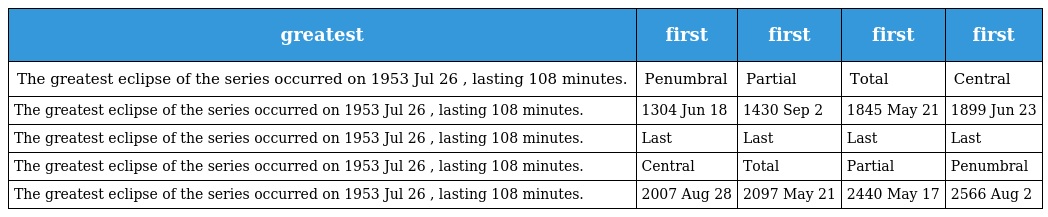
| greatest | first | first | first | first |
 | --- | --- | --- | --- | --- |
 | The greatest eclipse of the series occurred on 1953 Jul 26 , lasting 108 minutes. | Penumbral | Partial | Total | Central |
 | The greatest eclipse of the series occurred on 1953 Jul 26 , lasting 108 minutes. | 1304 Jun 18 | 1430 Sep 2 | 1845 May 21 | 1899 Jun 23 |
 | The greatest eclipse of the series occurred on 1953 Jul 26 , lasting 108 minutes. | Last | Last | Last | Last |
 | The greatest eclipse of the series occurred on 1953 Jul 26 , lasting 108 minutes. | Central | Total | Partial | Penumbral |
 | The greatest eclipse of the series occurred on 1953 Jul 26 , lasting 108 minutes. | 2007 Aug 28 | 2097 May 21 | 2440 May 17 | 2566 Aug 2 |